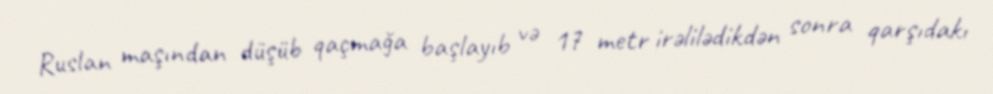
Ruslan maşından düşüb qaçmağa başlayıb və 17 metr irəlilədikdən sonra qarşıdakı